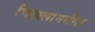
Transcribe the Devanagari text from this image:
चिखलामधील